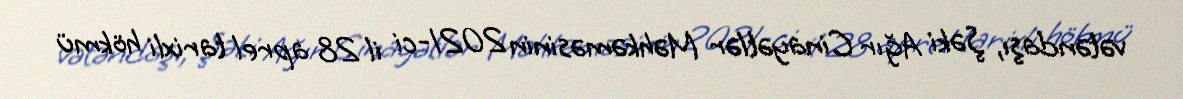
vətəndaşı, Şəki Ağır Cinayətlər Məhkəməsinin 2021-ci il 28 aprel tarixli hökmü